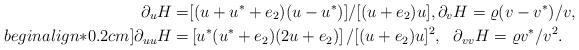
LaTeX: \begin{align*} \partial_u H=&[(u+u^*+e_2)(u-u^*)]/[(u+e_2)u],\partial_v H=\varrho(v-v^*)/v,\\begin{align*}0.2cm] \partial_{uu} H=&\left[u^*(u^*+e_2)(2u+e_2)\right]/[(u+e_2)u]^2,\ \ \partial_{vv} H=\varrho v^*/v^2.\end{align*}